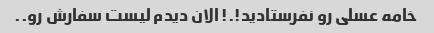
خامه عسلی رو نفرستادید!.! الان دیدم لیست سفارش رو..